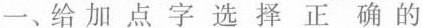
一、给加点字选择正确的